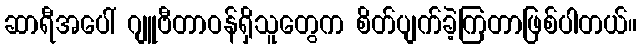
ဆာရီအပေါ် ဂျူဗီတာဝန်ရှိသူတွေက စိတ်ပျက်ခဲ့ကြတာဖြစ်ပါတယ်။